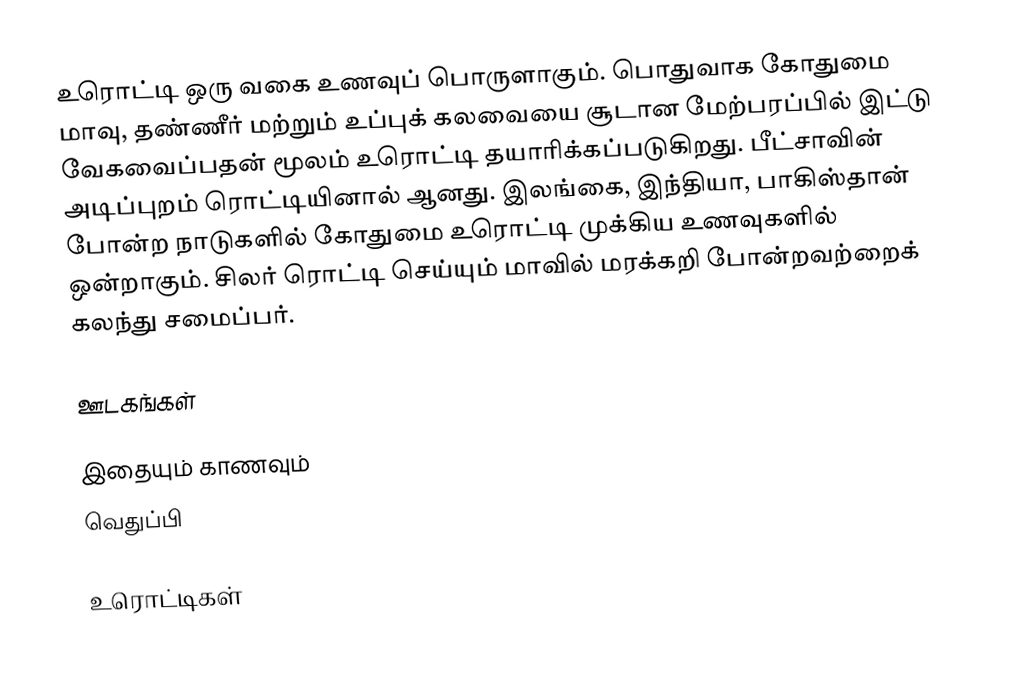
உரொட்டி ஒரு வகை உணவுப் பொருளாகும். பொதுவாக கோதுமை மாவு, தண்ணீர் மற்றும் உப்புக் கலவையை சூடான மேற்பரப்பில் இட்டு வேகவைப்பதன் மூலம் உரொட்டி தயாரிக்கப்படுகிறது. பீட்சாவின் அடிப்புறம் ரொட்டியினால் ஆனது. இலங்கை, இந்தியா, பாகிஸ்தான் போன்ற நாடுகளில் கோதுமை உரொட்டி முக்கிய உணவுகளில் ஒன்றாகும். சிலர் ரொட்டி செய்யும் மாவில் மரக்கறி போன்றவற்றைக் கலந்து சமைப்பர்.

ஊடகங்கள்

இதையும் காணவும்
வெதுப்பி

உரொட்டிகள்